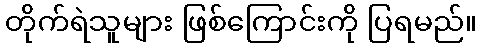
တိုက်ရဲသူများ ဖြစ်ကြောင်းကို ပြရမည်။